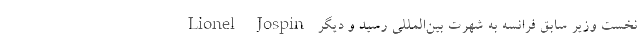
Lionel Jospin نخست وزیر سابق فرانسه به شهرت بین‌المللی رسید و دیگر